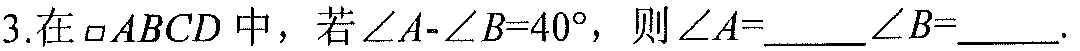
3.在$\square ABCD$中，若$\angle A - \angle B = 40^{\circ}$，则$\angle A = \underline{\quad\quad}\angle B = \underline{\quad\quad}$.